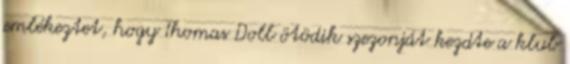
emlékeztet, hogy Thomas Doll ötödik szezonját kezdte a klub